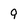
Character: 9